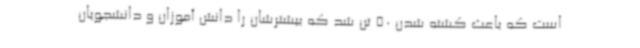
است که باعث کشته شدن 50 تن شد که بیشترشان را دانش آموزان و دانشجویان